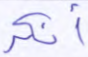
أنكر